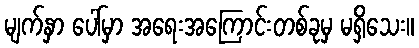
မျက်နှာ ပေါ်မှာ အရေးအကြောင်းတစ်ခုမှ မရှိသေး။